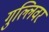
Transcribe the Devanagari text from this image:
गुल्लिवर